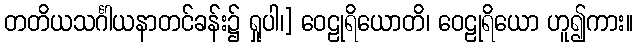
တတိယသင်္ဂါယနာတင်ခန်း၌ ရှုပါ၊] ဝေဠုရိယောတိ၊ ဝေဠုရိယော ဟူ၍ကား။